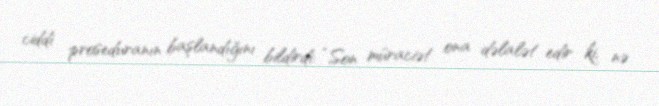
ciddi proseduranın başlandığını bildirdi: “Son müraciət ona dəlalət edir ki, nə